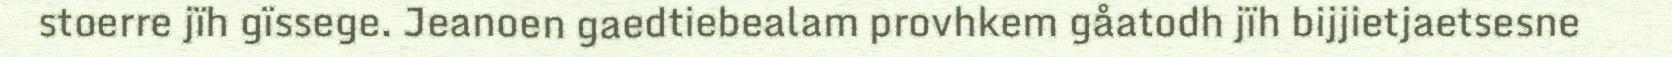
stoerre jïh gïssege. Jeanoen gaedtiebealam provhkem gåatodh jïh bijjietjaetsesne